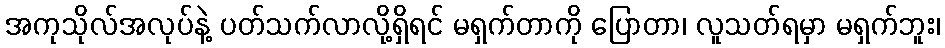
အကုသိုလ်အလုပ်နဲ့ ပတ်သက်လာလို့ရှိရင် မရှက်တာကို ပြောတာ၊ လူသတ်ရမှာ မရှက်ဘူး၊